Civil Veterinary Department. Central Provinces & Berar 1925-31 - 1925-1931
Year: 1925
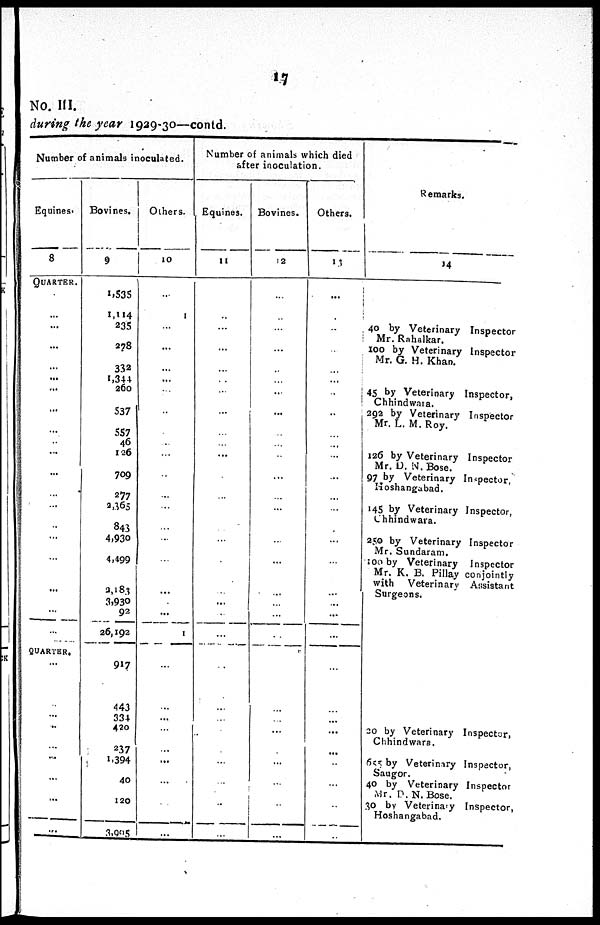
17
No. III.
during the year 1929-30—contd.
Number of animals inoculated.
Equines.
8
QUARTER.
...
...
...
... ...
...
...
... ...
...
...
...
...
...
...
...
...
...
...
QUARTER.
...
...
...
...
...
...
...
...
...
Bovines.
9
1,535
1,114
235
278
332
1,344
260
537
557
46
126
709
277
3,365
843
4,930
4,499
2,184
3,930
92
26,192
917
443
334
420
237
1,394
40
120
3,995
Others.
10
...
1
...
...
... ...
...
...
...
...
...
...
...
...
...
...
...
...
...
1
...
...
...
...
...
...
...
...
...
Number of animals which died
after inoculation.
Equines.
11
..
...
...
...
...
...
...
...
...
...
...
...
...
...
...
...
...
...
...
...
...
...
...
...
...
...
...
...
Bovines.
12
...
..
...
...
...
...
...
...
...
...
...
...
...
...
...
...
...
...
...
...
...
..
...
...
...
...
...
...
...
..
...
Others.
13
...
..
...
... ...
..
...
...
...
...
...
...
...
...
...
...
...
...
...
...
...
...
...
...
...
...
...
...
..
...
Remarks.
14
40 by Veterinary Inspector
Mr. Rahalkar.
100 by Veterinary Inspector
Mr. G. H. Khan.
45 by Veterinary Inspector,
Chhindwata.
292 by Veterinary Inspector
Mr. L. M. Roy.
126 by Veterinary Inspector
Mr. D. N. Bose.
97 by Veterinary Inspector.
Hoshangabad.
145 by Veterinary Inspector,
Chhindwara.
250 by Veterinary Inspector
Mr. Sundaram.
100 by Veterinary Inspector
Mr. K. B. Pillay conjointly
with Veterinary Assistant
Surgeons.
20 by Veterinary Inspector,
Chhindwara.
655 by Veterinary Inspector,
Saugor.
40 by Veterinary Inspector
Mr. D. N. Bose.
30 by Veterinary Inspector,
Hoshangabad.